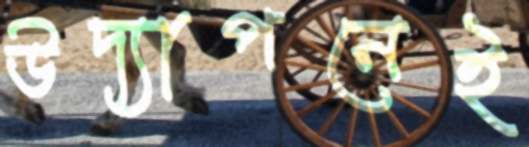
উদ্যাপনেই